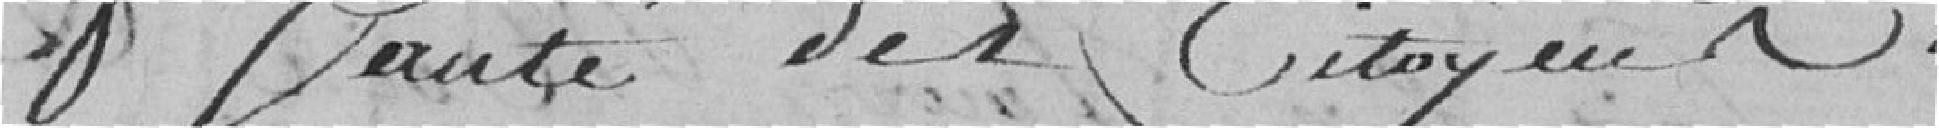
santé des citoyens.